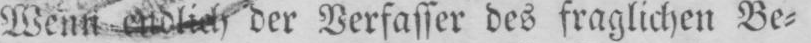
aufgefordert, Verfasser des fraglichen Be⸗